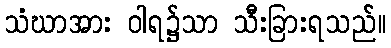
သံဃာအား ဝါရ၌သာ သီးခြားရသည်။